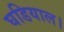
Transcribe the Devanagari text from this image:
घडियाल।